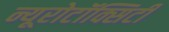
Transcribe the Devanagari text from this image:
न्यूरोटॉक्सिटी